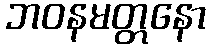
ဘဝနမတ္တနော